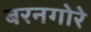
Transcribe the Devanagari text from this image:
बरनगोरे